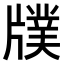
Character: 𤗵